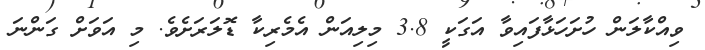
ވިއްކާލަން ހުށަހަޅާފައިވާ އަގަކީ 3.8 މިލިއަން އެމެރިކާ ޑޮލަރަށެވެ. މި އަވަށް ގަންނަ